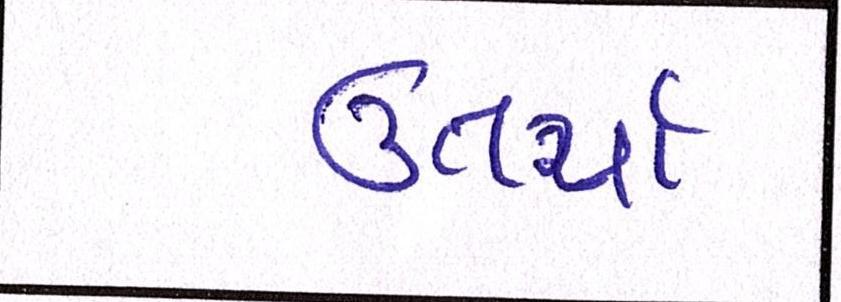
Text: ઉતર્યા